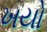
ખયો